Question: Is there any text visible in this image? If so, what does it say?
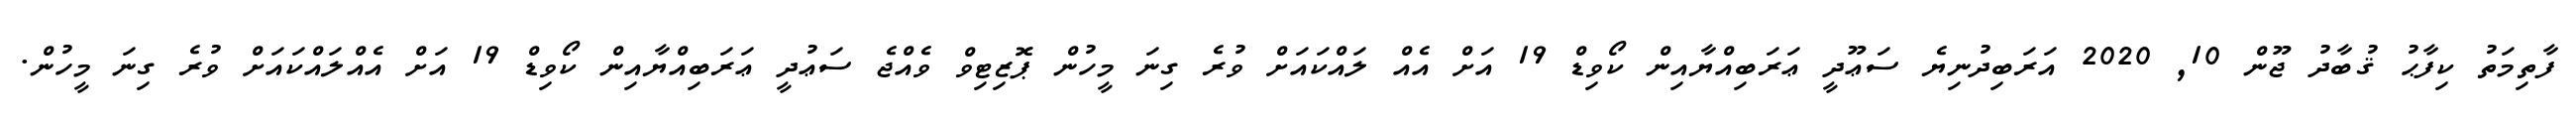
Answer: ފާތިމަތު ކިފާޙު ޤުބާދު ޖޫން 10, 2020 އަރަބިދުނިޔެ ސަޢޫދީ ޢަރަބިއްޔާއިން ކޯވިޑް 19 އަށް އެއް ލައްކައަށް ވުރެ ގިނަ މީހުން ޕޮޒިޓިވް ވެއްޖެ ސަޢުދީ ޢަރަބިއްޔާއިން ކޯވިޑް 19 އަށް އެއްލައްކައަށް ވުރެ ގިނަ މީހުން.